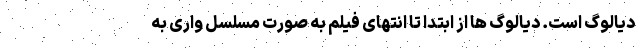
دیالوگ است. دیالوگ ها از ابتدا تا انتهای فیلم به صورت مسلسل واری به